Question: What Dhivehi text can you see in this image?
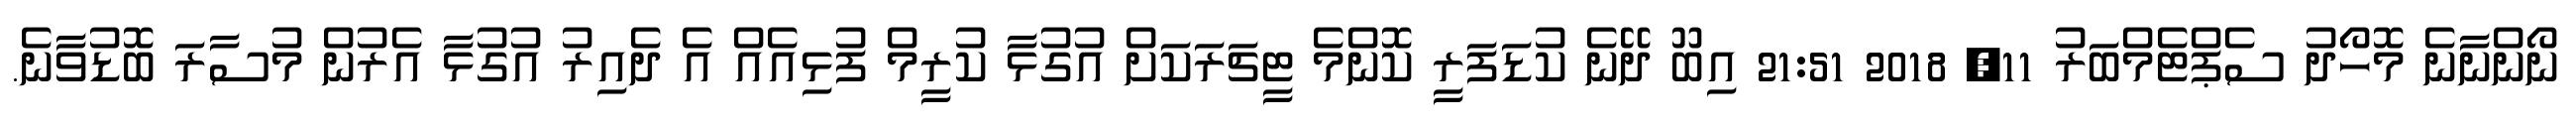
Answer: ނޯންނާނެ މޮހޯދު ސެޕްޓެމްބަރު 11, 2018 21:51 އިބޫ ދޭނެ ކުޑަފަރީ ކޮންމެ ޓީޗަރަކަށް އުގުޅާ ކުރީމް ފުޅިއެއް އެ ދެއިރު އުގުޅާ އެރުން މުސާރަ ބޮޑުވާނެ.